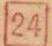
[24]